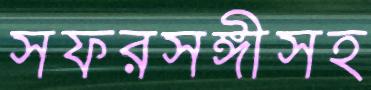
সফরসঙ্গীসহ